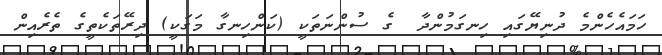
ހަމައެހެންމެ ދުނިޔޭގައި ހިނގަމުންދާ  ގެ ސުންނަތަކީ (ކަންހިނގާ މަގަކީ) ދިރޭތަކެތީގެ ތެރެއިން